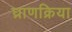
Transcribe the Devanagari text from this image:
घ्राणक्रिया